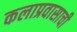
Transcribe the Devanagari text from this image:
कलाप्रवासाची